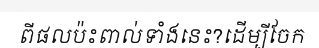
ពីផលប៉ះពាល់ទាំងនេះ?ដើម្បីចែក